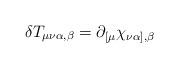
LaTeX: \begin{align*}\delta T_{\mu\nu\alpha,\beta} = \partial_{[\mu}\chi_{\nu\alpha],\beta}\end{align*}